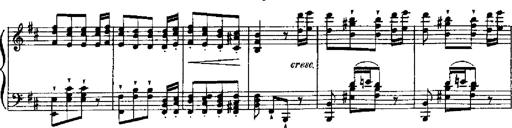
Title: RÃ©miniscences de Robert le diable
Composer: Franz Liszt